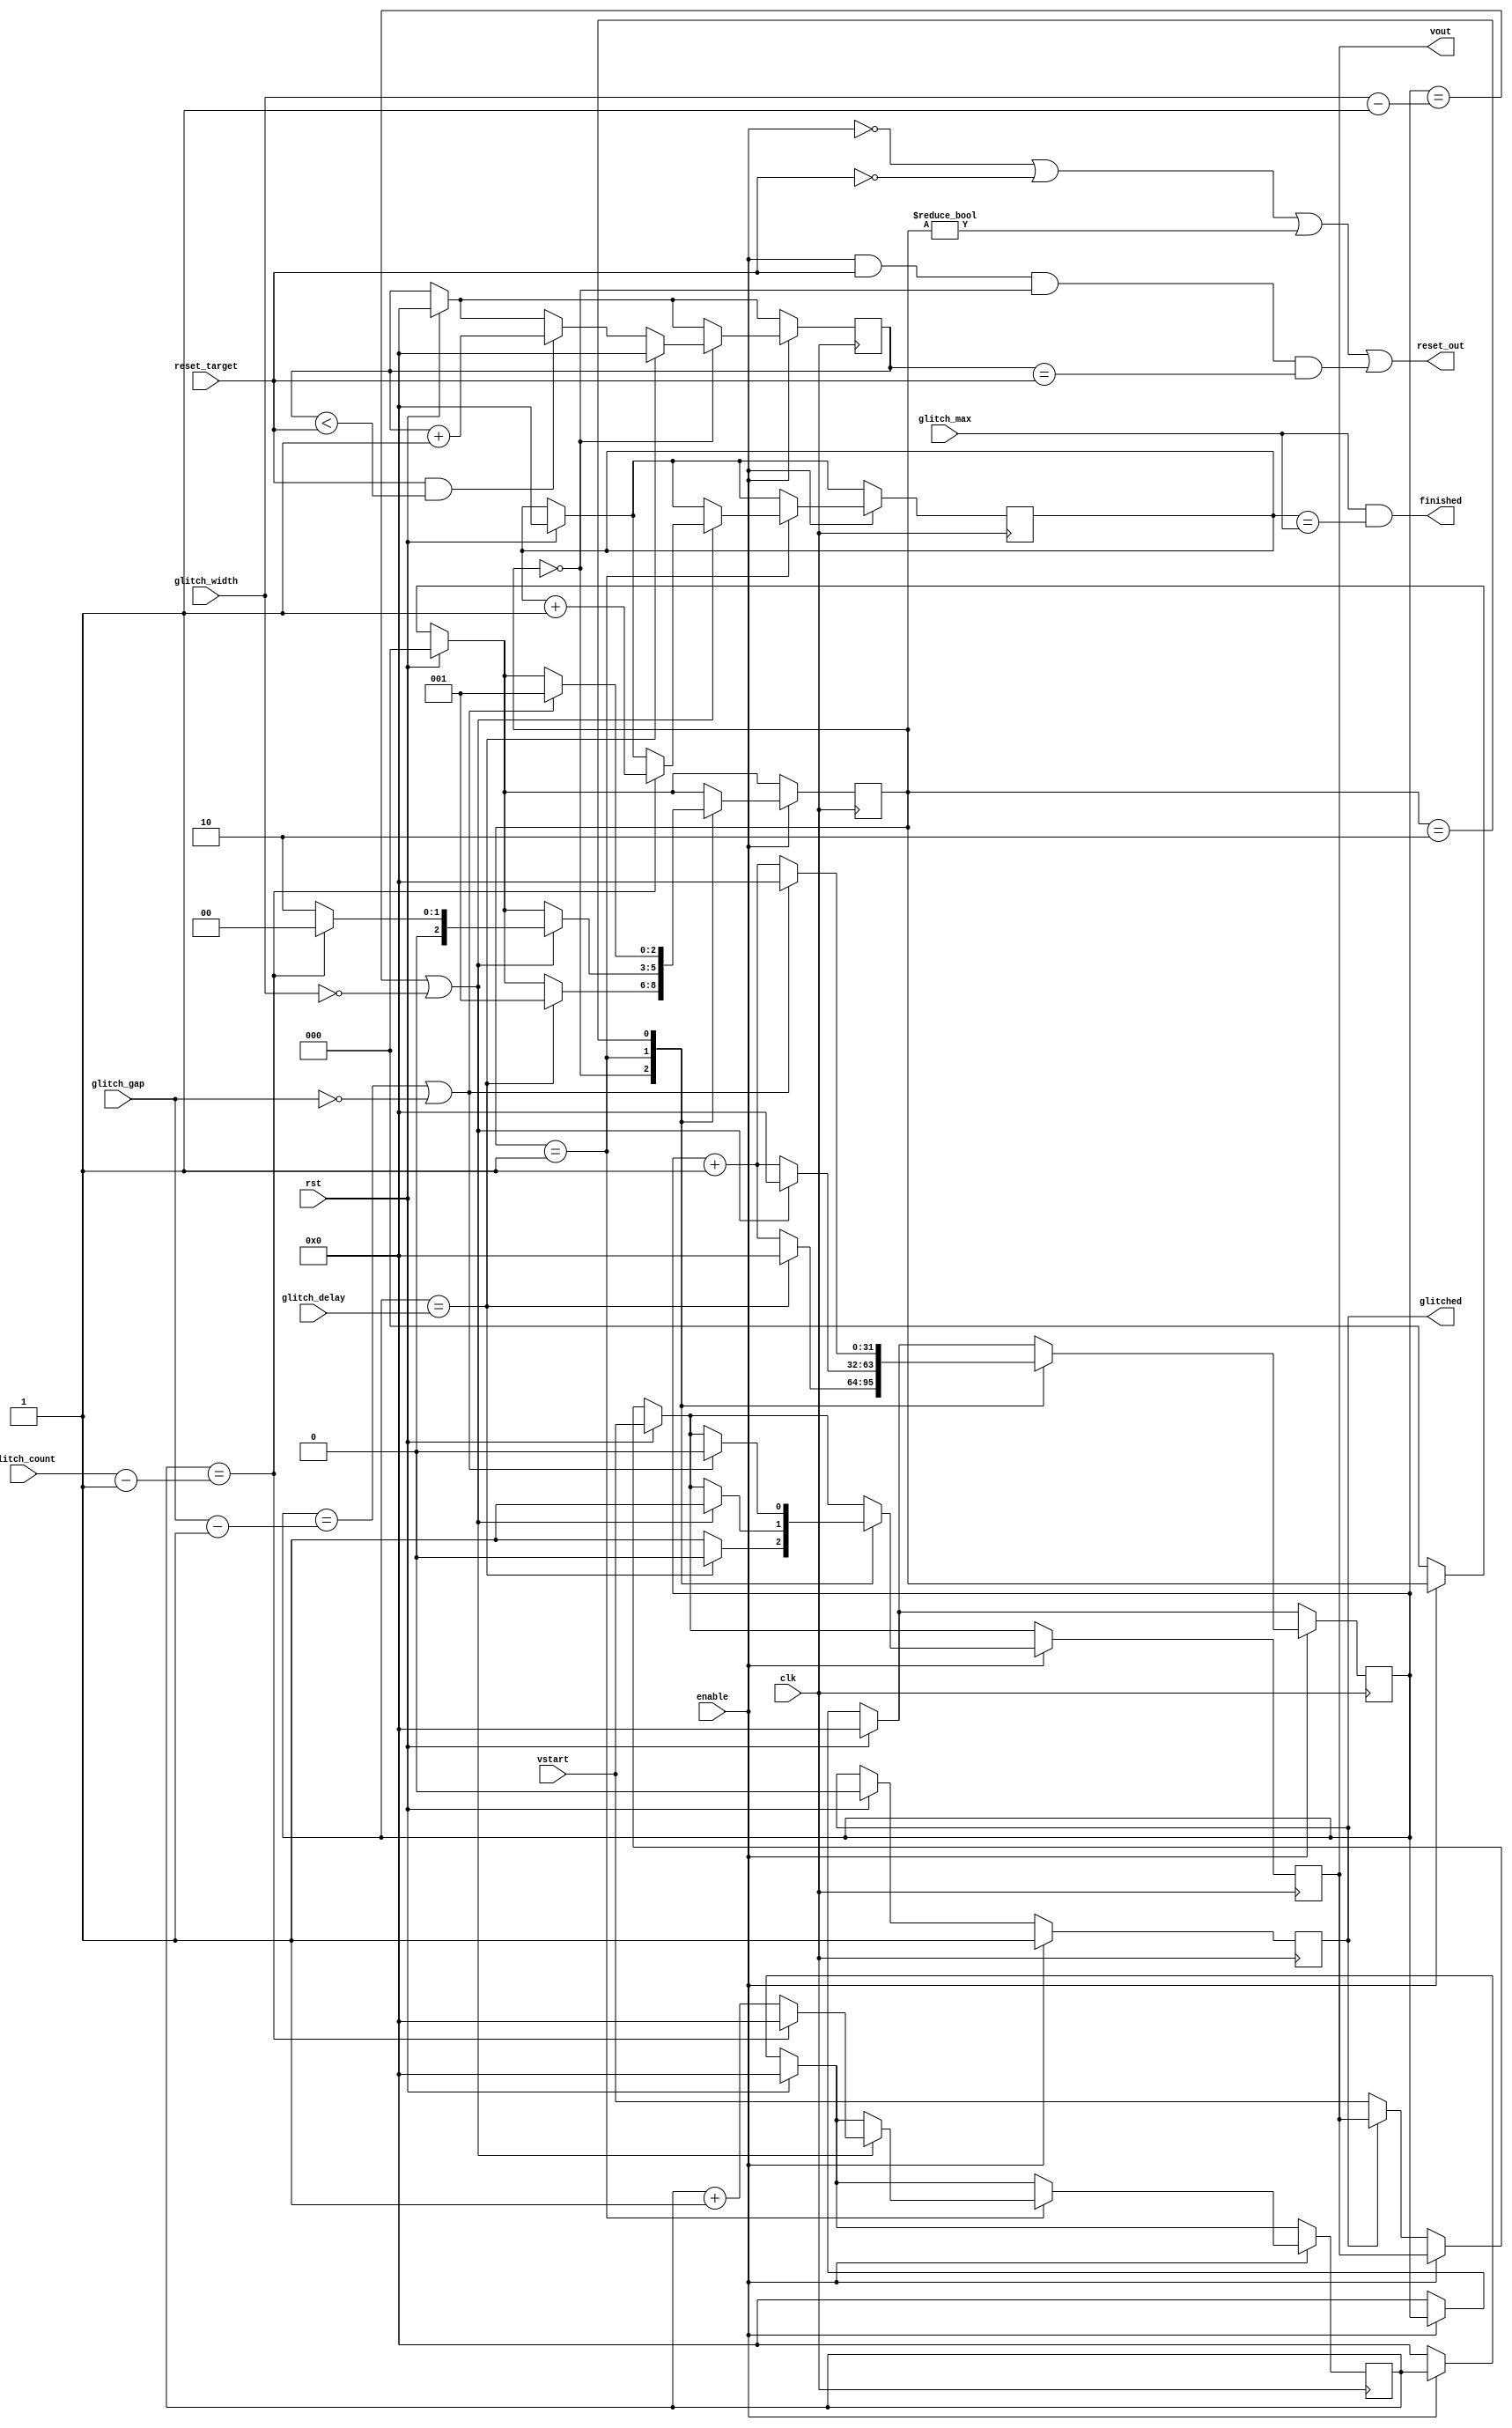
`timescale 1ns / 1ps
//////////////////////////////////////////////////////////////////////////////////
// Company: X-Force Red
// 
// Design Name: 
// Module Name: glitch
// Project Name: 
// Target Devices: 
// Tool Versions: 
// Description: 
// 
// Dependencies: 
// 
// Revision:
// Revision 0.01 - File Created
// Additional Comments:
// 
//////////////////////////////////////////////////////////////////////////////////



module glitch(
  input clk,
  input rst,
  input enable,
  input wire [31:0] glitch_delay,
  input wire [31:0] glitch_width,
  input wire [31:0] glitch_count,
  input wire [31:0] glitch_gap,
  input wire [31:0] glitch_max,
  input wire [31:0] reset_target,
  output reg glitched = 1'b0,
  input wire vstart,
  output reg vout = 1'b1,
  output wire finished,
  output wire reset_out
    );
    
parameter DELAY = 3'b000;
parameter GLITCH = 3'b001;
parameter GAP = 3'b010;

  reg [31:0] width_cnt = 32'd0;
  reg [31:0] cnt = 32'd0;
  reg [31:0] cycles = 32'd0;
  reg [31:0] reset_cnt= 32'd0;
  
  reg [2:0] state = DELAY;
  
  assign finished = (glitch_max && cycles == glitch_max);
  assign reset_out = !enable || !reset_target || state != DELAY || (enable && reset_target && state == DELAY && reset_cnt == reset_target);
  
  always @(posedge clk)
  begin
    if(!enable)
      begin
         state <= DELAY;
         if(!glitched)
           begin
             vout <= vstart;
           end
         width_cnt <= 32'd0;
         cnt <= 32'd0;
      end
    if(rst)
      begin
        state <= DELAY;
        vout <= vstart;
        width_cnt <= 32'd0;
        cnt <= 32'd0;
        glitched <= 1'b0;
        cycles <= 32'b0;
        reset_cnt <= 32'b0;
      end
    if(enable)
    begin
      glitched <= 1'b1;
      case(state)
        DELAY:
          begin
            vout <= 1'b1;
            if(reset_target && reset_cnt < reset_target)
              begin
                reset_cnt <= reset_cnt + 32'b1;
              end
            if(width_cnt == glitch_delay)
              begin
                state <= GLITCH;
                vout <= 1'b0;
                width_cnt <= 32'd0;
                reset_cnt <= 32'd0;
              end
            else
              begin
                width_cnt <= width_cnt + 32'b1;
              end
          end
        GLITCH:
          begin
              if(width_cnt == glitch_width - 1 || glitch_width == 0)
                begin
                  width_cnt <= 32'd0;             
                  state <= GAP;
                  vout <= 1'b1;
                  cnt <= cnt + 32'b1;
                  if(cnt == glitch_count - 1)
                    begin
                      cnt <= 32'd0;
                      state <= DELAY;
                      vout <= 1'b1;
                      cycles <= cycles + 32'b1;
                    end
              end
            else
              begin
                width_cnt <= width_cnt + 32'b1;
              end
          end
        GAP:
          begin
            if(width_cnt == glitch_gap - 1 || glitch_gap == 0)
              begin
                width_cnt <= 32'd0;
                state <= GLITCH;
                vout <= 1'b0;
            end
          else
            begin
              width_cnt <= width_cnt + 32'b1;
            end
          end
        default:
          begin
          end
      endcase
    end
  end
endmodule